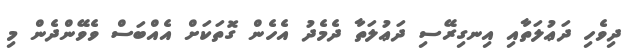
ދިވެހި ދަޢުލަތާއި އިނގިރޭސި ދަޢުލަތާ ދެމެދު އެހެން ގޮތަކަށް އެއްބަސް ވެވޭންދެން މި